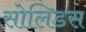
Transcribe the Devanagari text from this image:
सोलिडस